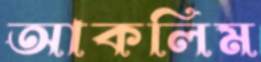
আকলিম